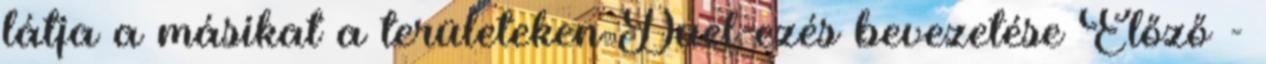
látja a másikat a területeken Duel-ezés bevezetése Előző -